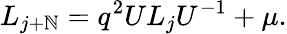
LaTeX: L_{j+\mathbb{N}}=q^{2}UL_{j}U^{-1}+\mu.